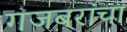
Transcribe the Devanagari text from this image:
गजबरांचा